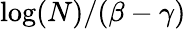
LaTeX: \log(N)/(\beta-\gamma)